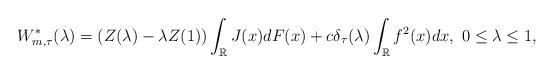
LaTeX: \begin{align*}W_{m, \tau}^{*}(\lambda)=\left(Z(\lambda)-\lambda Z(1)\right)\int_{\mathbb{R}}J(x)dF(x)+c\delta_{\tau}(\lambda)\int_{\mathbb{R}}f^2(x)dx, \ 0\leq \lambda\leq 1,\end{align*}